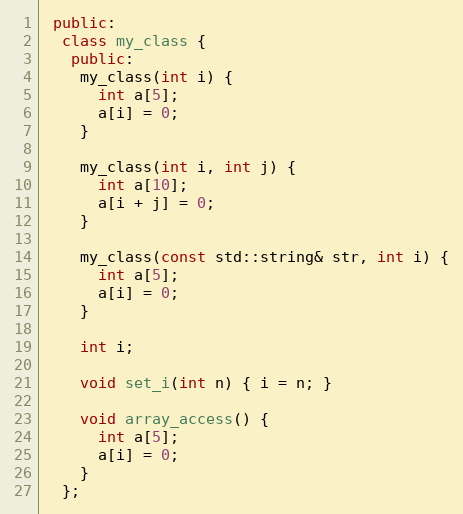
Language: C++
 public:
  class my_class {
   public:
    my_class(int i) {
      int a[5];
      a[i] = 0;
    }

    my_class(int i, int j) {
      int a[10];
      a[i + j] = 0;
    }

    my_class(const std::string& str, int i) {
      int a[5];
      a[i] = 0;
    }

    int i;

    void set_i(int n) { i = n; }

    void array_access() {
      int a[5];
      a[i] = 0;
    }
  };